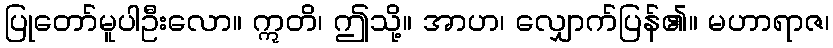
ပြုတော်မူပါဦးလော။ ဣတိ၊ ဤသို့။ အာဟ၊ လျှောက်ပြန်၏။ မဟာရာဇ၊